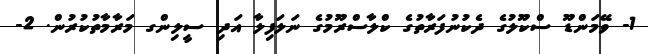
1- ވޭމަންޑޫ ސްކޫލުގެ ދެކުނުފަރާތުގެ ކްލާސްރޫމުގެ ނަލަފިލާ އަދި ސީލިންގ މަރާމާތުކުރުން. 2-